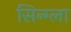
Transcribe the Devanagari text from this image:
सिन्ग्ला